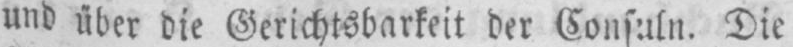
und über die Gerichtsbarkeit der Consuln. Die